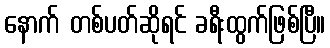
နောက် တစ်ပတ်ဆိုရင် ခရီးထွက်ဖြစ်ပြီ။